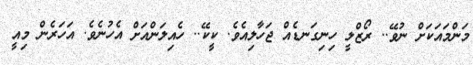
މަންމައަކަށް ނުވޭ.. ރޯޒްލީ ހިނިގަނޑެއް ޖަހާލިއެވެ. ކީކޭ.. ހެއިލަންއަށް އެހުނެވެ. އަހަރެން މިއީ